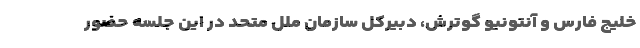
خلیج فارس و آنتونیو گوترش، دبیرکل سازمان ملل متحد در این جلسه حضور